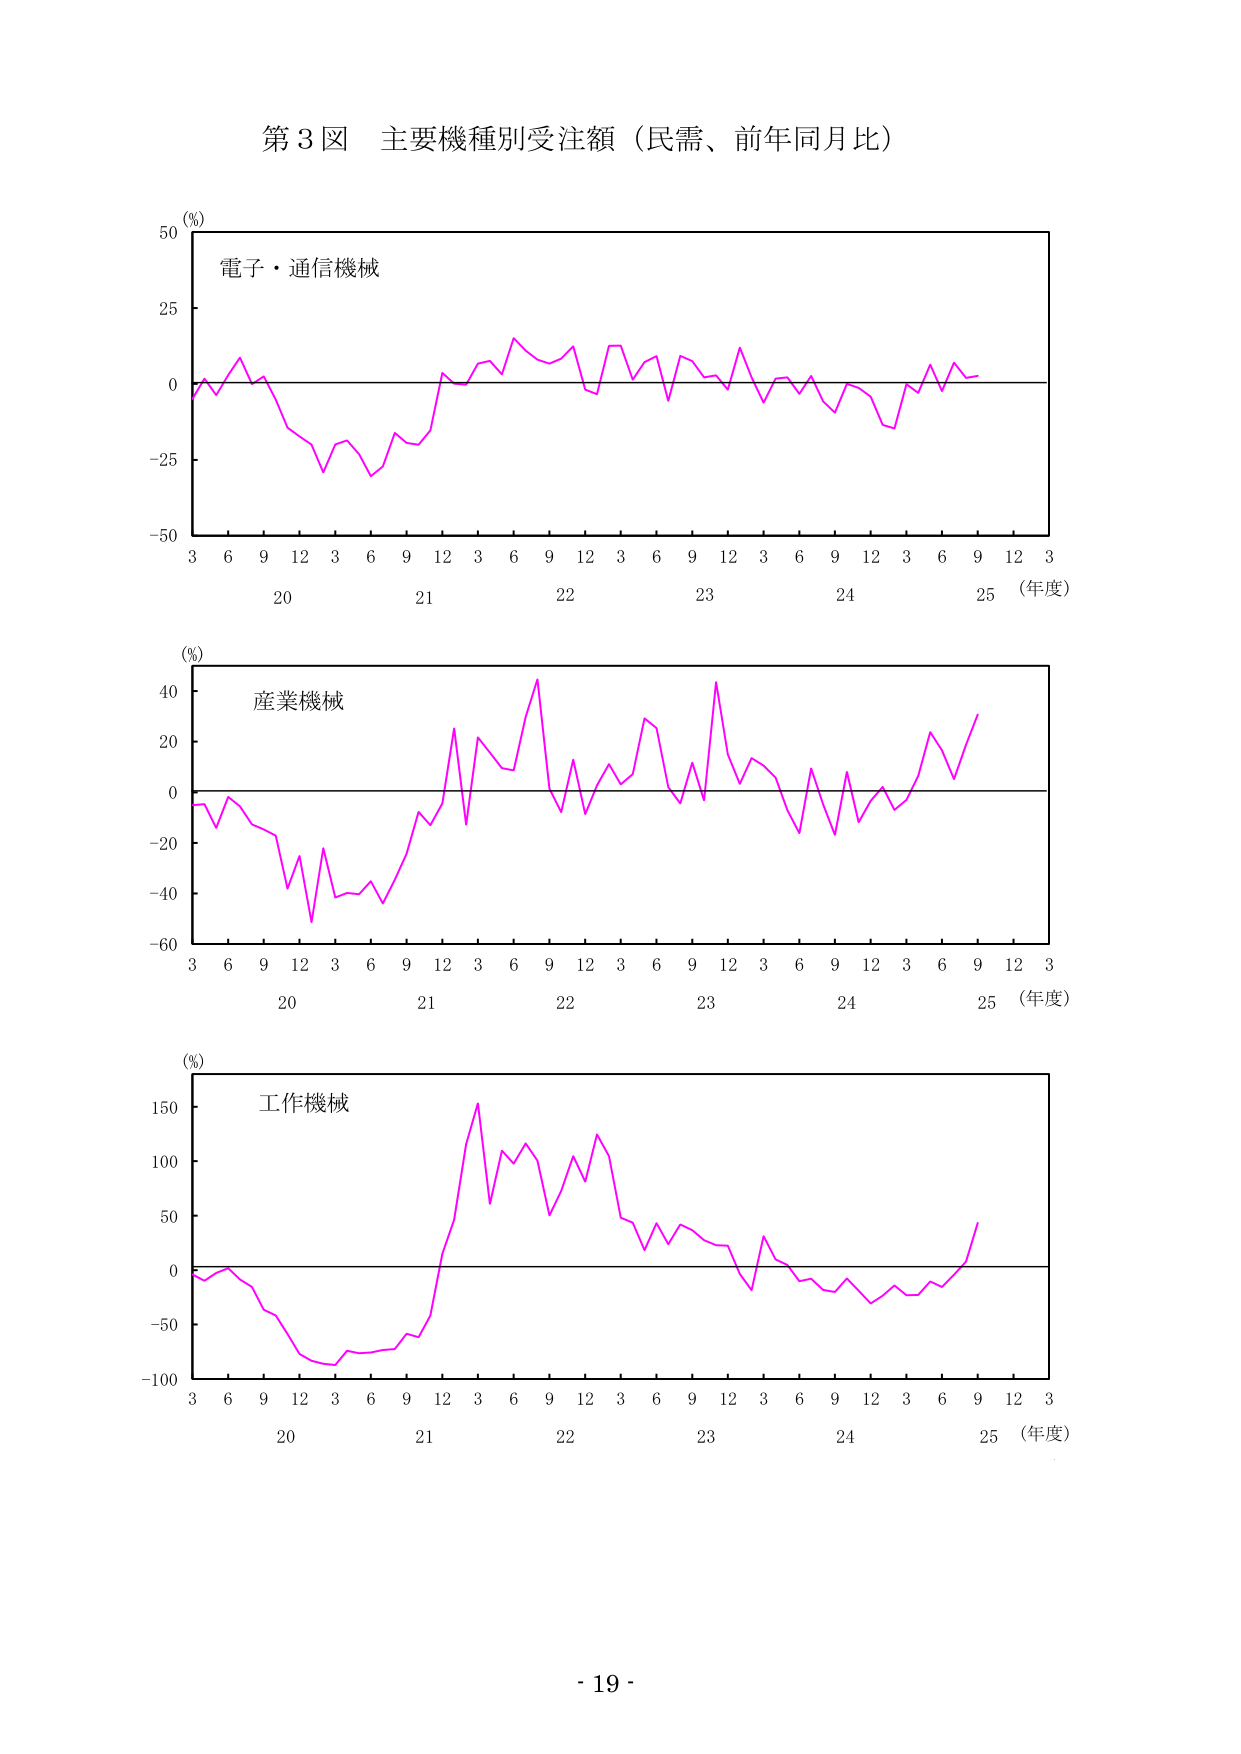
第3図 主要機種別受注額（民需、前年同月比）

(%)
電子・通信機械
3 6 9 12 3 6 9 12 3 6 9 12 3 6 9 12 3 6 9 12 3
20 21 22 23 24 25（年度）

(%)
産業機械
3 6 9 12 3 6 9 12 3 6 9 12 3 6 9 12 3 6 9 12 3
20 21 22 23 24 25（年度）

(%)
工作機械
3 6 9 12 3 6 9 12 3 6 9 12 3 6 9 12 3 6 9 12 3
20 21 22 23 24 25（年度）

- 19 -